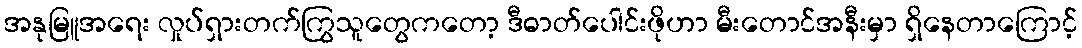
အနုမြူအရေး လှုပ်ရှားတက်ကြွသူတွေကတော့ ဒီဓာတ်ပေါင်းဖိုဟာ မီးတောင်အနီးမှာ ရှိနေတာကြောင့်